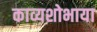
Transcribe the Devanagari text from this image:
काव्यशोभाया